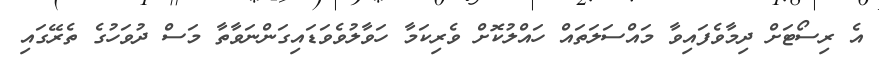
އެ ރިސޯޓަށް ދިމާވެފައިވާ މައްސަލަތައް ހައްލުކޮށް ވެރިކަމާ ހަވާލުވެވަޑައިގަންނަވާތާ މަސް ދުވަހުގެ ތެރޭގައި